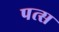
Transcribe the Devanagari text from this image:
पत्स